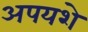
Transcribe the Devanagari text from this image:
अपयशे